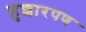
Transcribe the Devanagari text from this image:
हुशारपण